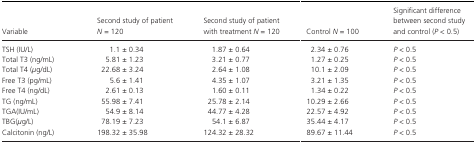
<table><thead><tr><td><b>Variable</b></td><td><b>Second study of patient <i>N</i> = 120</b></td><td><b>Second study of patient with treatment <i>N</i> = 120</b></td><td><b>Control <i>N</i> = 100</b></td><td><b>Significant difference between second study and control (<i>P</i> &lt; 0.5)</b></td></tr></thead><tbody><tr><td>TSH (IU/L)</td><td>1.1 ± 0.34</td><td>1.87 ± 0.64</td><td>2.34 ± 0.76</td><td><i>P</i> &lt; 0.5</td></tr><tr><td>Total T3 (ng/mL)</td><td>5.81 ± 1.23</td><td>3.21 ± 0.77</td><td>1.27 ± 0.25</td><td><i>P</i> &lt; 0.5</td></tr><tr><td>Total T4 (<i>μ</i>g/dL)</td><td>22.68 ± 3.24</td><td>2.64 ± 1.08</td><td>10.1 ± 2.09</td><td><i>P</i> &lt; 0.5</td></tr><tr><td>Free T3 (pg/mL)</td><td>5.6 ± 1.41</td><td>4.35 ± 1.07</td><td>3.21 ± 1.35</td><td><i>P</i> &lt; 0.5</td></tr><tr><td>Free T4 (ng/dL)</td><td>2.61 ± 0.13</td><td>1.60 ± 0.11</td><td>1.34 ± 0.22</td><td><i>P</i> &lt; 0.5</td></tr><tr><td>TG (ng/mL)</td><td>55.98 ± 7.41</td><td>25.78 ± 2.14</td><td>10.29 ± 2.66</td><td><i>P</i> &lt; 0.5</td></tr><tr><td>TGA(IU/mL)</td><td>54.9 ± 8.14</td><td>44.77 ± 4.28</td><td>22.57 ± 4.92</td><td><i>P</i> &lt; 0.5</td></tr><tr><td>TBG(<i>μ</i>g/L)</td><td>78.19 ± 7.23</td><td>54.1 ± 6.87</td><td>35.44 ± 4.17</td><td><i>P</i> &lt; 0.5</td></tr><tr><td>Calcitonin (ng/L)</td><td>198.32 ± 35.98</td><td>124.32 ± 28.32</td><td>89.67 ± 11.44</td><td><i>P</i> &lt; 0.5</td></tr></tbody></table>